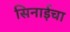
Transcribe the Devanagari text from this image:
सिनाईचा